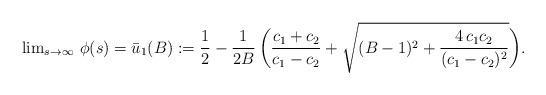
LaTeX: \begin{align*} \begin{array}{l} \lim_{s \to \infty} \,\phi (s) = \bar u_1 (B) := \displaystyle \frac{1}{2} - \frac{1}{2B} \,\bigg(\frac{c_1 + c_2}{c_1 - c_2} + \sqrt{(B - 1)^2 + \frac{4 \,c_1 c_2}{(c_1 - c_2)^2}} \bigg). \end{array}\end{align*}